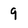
Character: 9